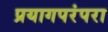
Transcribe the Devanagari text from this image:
प्रयागपरंपरा